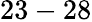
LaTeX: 23-28